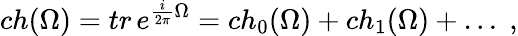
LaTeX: ch(\Omega)=tr\, e^{\frac{i}{2\pi}\Omega}=ch_{0}(\Omega)+ch_{1}(\Omega)+\ldots\; ,